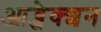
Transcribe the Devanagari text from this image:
आब्जेक्शन